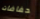
حفاضات